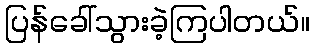
ပြန်ခေါ်သွားခဲ့ကြပါတယ်။